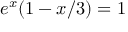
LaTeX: e ^ { x } ( 1 - x / 3 ) = 1